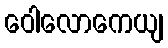
ဝေါလောကေယျ